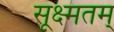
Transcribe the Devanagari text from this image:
सूक्ष्मतम्